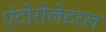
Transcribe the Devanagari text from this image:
एंटोरोलेटरल